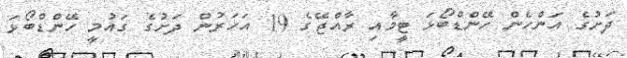
ދަށުގެ އަންހެން ހޭންޑްބޯޅަ ޓީމާއި ރާއްޖޭގެ 19 އަހަރުން ދަށުގެ ގައުމީ ހޭންޑްބޯޅަ